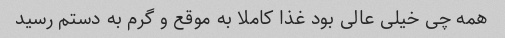
همه چی خیلی عالی بود غذا کاملا به موقع و گرم به دستم رسید